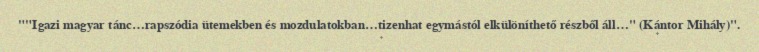
""Igazi magyar tánc…rapszódia ütemekben és mozdulatokban…tizenhat egymástól elkülöníthető részből áll…" (Kántor Mihály)".